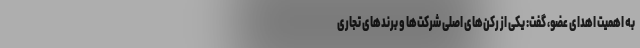
به اهمیت اهدای عضو، گفت: یکی از رکن‌های اصلی شرکت‌ها و برندهای تجاری